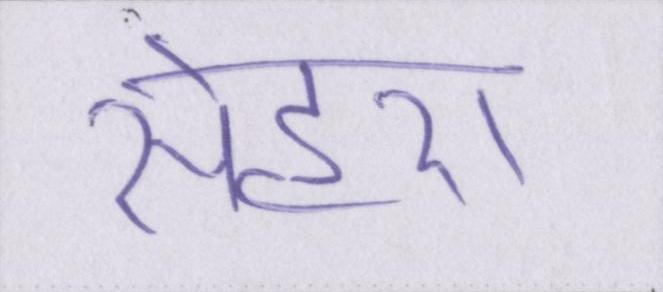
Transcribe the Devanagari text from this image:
सेहरा